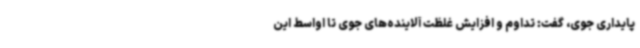
پایداری جوی، گفت: تداوم و افزایش غلظت آلاینده‌های جوی تا اواسط این